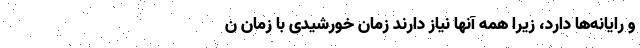
و رایانه‌ها دارد، زیرا همه آنها نیاز دارند زمان خورشیدی با زمان ن